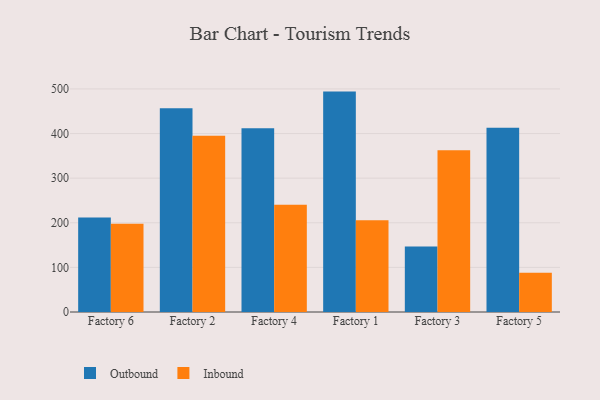
{"axis": {"x": "Factory", "y": "Active Users"}, "legend": ["Inbound", "Outbound"], "data": [{"x": "Factory 6", "y": 212.0, "type": "Outbound"}, {"x": "Factory 6", "y": 197.9, "type": "Inbound"}, {"x": "Factory 2", "y": 456.5, "type": "Outbound"}, {"x": "Factory 2", "y": 394.9, "type": "Inbound"}, {"x": "Factory 4", "y": 411.8, "type": "Outbound"}, {"x": "Factory 4", "y": 240.5, "type": "Inbound"}, {"x": "Factory 1", "y": 494.0, "type": "Outbound"}, {"x": "Factory 1", "y": 205.5, "type": "Inbound"}, {"x": "Factory 3", "y": 146.8, "type": "Outbound"}, {"x": "Factory 3", "y": 362.7, "type": "Inbound"}, {"x": "Factory 5", "y": 412.9, "type": "Outbound"}, {"x": "Factory 5", "y": 88.1, "type": "Inbound"}]}